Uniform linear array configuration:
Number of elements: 12
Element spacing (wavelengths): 0.75
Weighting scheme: hamming
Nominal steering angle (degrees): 45
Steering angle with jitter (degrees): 43.474
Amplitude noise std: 0.05
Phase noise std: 0.05

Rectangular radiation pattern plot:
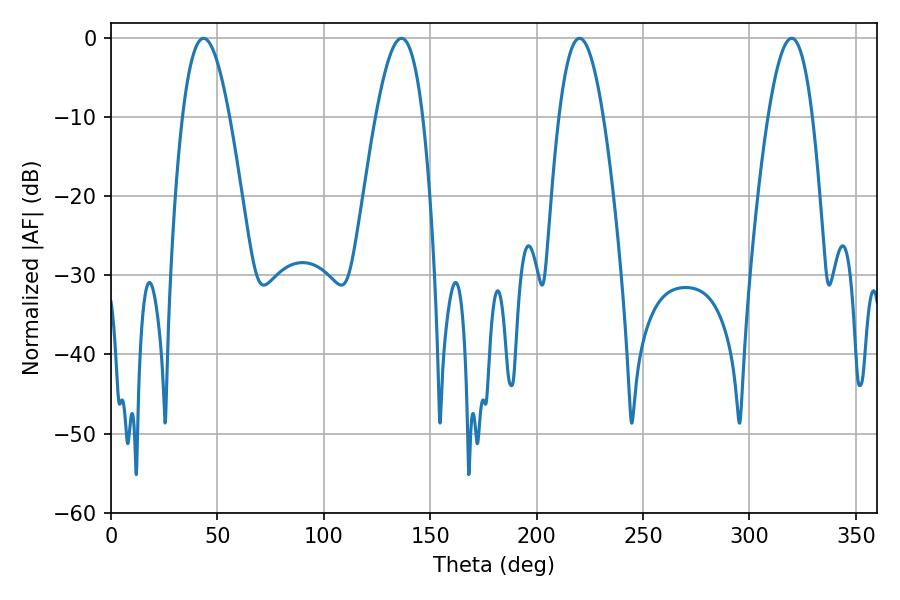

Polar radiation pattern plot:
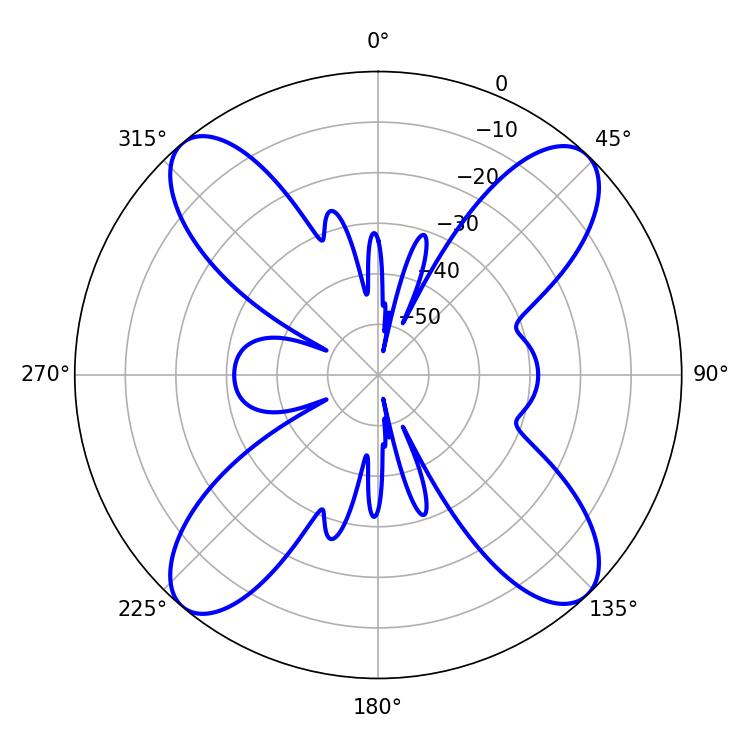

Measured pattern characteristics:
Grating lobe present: TRUE
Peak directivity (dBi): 17.202
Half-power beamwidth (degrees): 11.34
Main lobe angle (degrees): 220.14